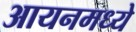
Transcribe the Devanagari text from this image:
आयनमध्ये